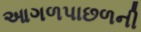
આગળપાછળની